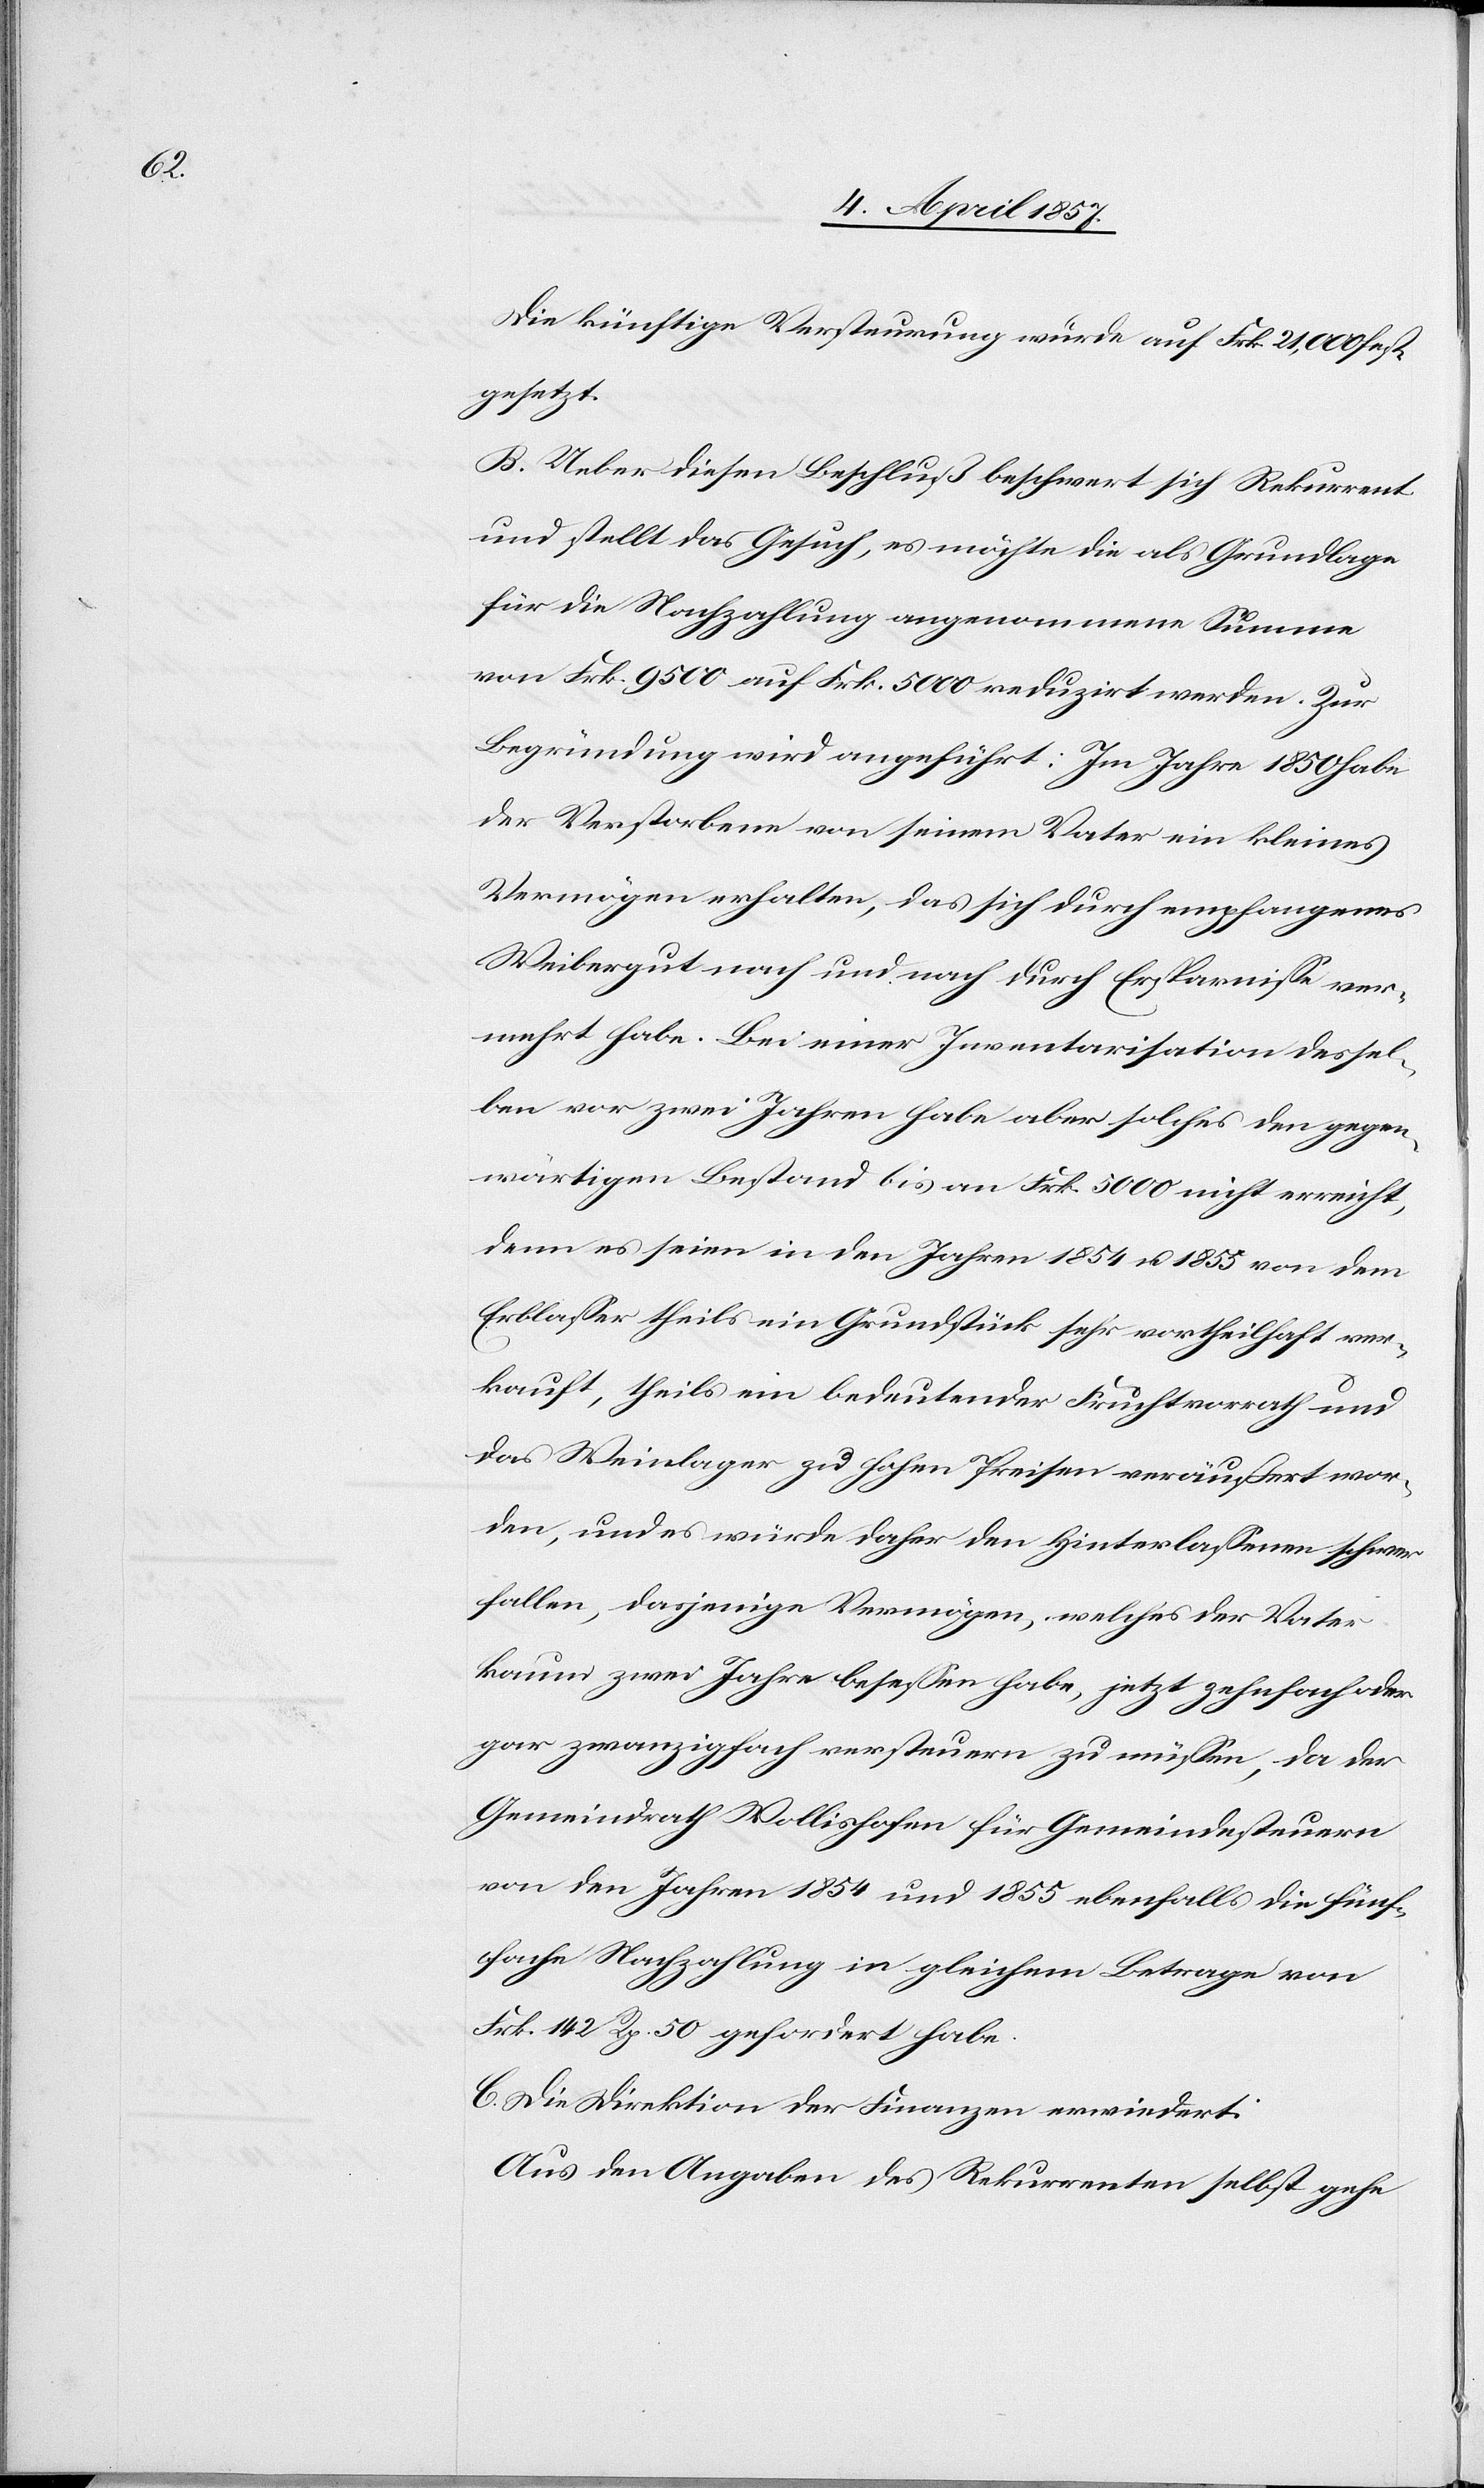
Die künftige Versteurung wurde auf Frk. 21,000 fest¬
gesetzt.
B. Ueber diesen Beschluß beschwert sich Rekurrent
und stellt das Gesuch, es möchte die als Grundlage
für die Nachzahlung angenommene Summe
von Frk. 9500 auf Frk. 5000 reduzirt werden. Zur
Begründung wird angeführt: Im Jahre 1850 habe
der Verstorbene von seinem Vater ein kleines
Vermögen erhalten, das sich durch empfangenes
Weibergut nach und nach durch Ersparnisse ver¬
mehrt habe. Bei einer Inventarisation dessel¬
ben vor zwei Jahren habe aber solches den gegen¬
wärtigen Bestand bis an Frk. 5000 nicht erreicht,
denn es seien in den Jahren 1854 u. 1855 von dem
Erblasser theils ein Grundstück sehr vortheilhaft ver¬
kauft, theils ein bedeutender Fruchtvorrath und
das Weinlager zu hohen Preisen veräußert wor¬
den, und es würde daher den Hinterlassenen schwer
fallen, dasjenige Vermögen, welches der Vater
kaum zwei Jahre besessen habe, jetzt zehnfach oder
gar zwanzigfach versteuern zu müssen, da der
Gemeindrath Wollishofen für Gemeindesteuern
von den Jahren 1854 und 1855 ebenfalls die fünf¬
fache Nachzahlung in gleichem Betrage von
Frk. 142 Rp. 50 gefordert habe.
C. Die Direktion der Finanzen erwiedert:
Aus den Angaben des Rekurrenten selbst gehe